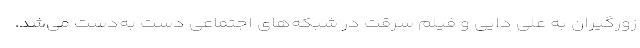
زورگیران به علی دایی و فیلم سرقت در شبکه‌های اجتماعی دست به‌دست می‌شد.